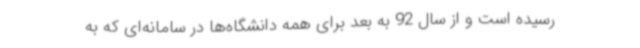
رسیده است و از سال 92 به بعد برای همه دانشگاه‌ها در سامانه‌ای که به